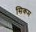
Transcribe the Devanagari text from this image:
सिकम